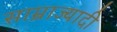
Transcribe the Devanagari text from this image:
साम्राज्यादी